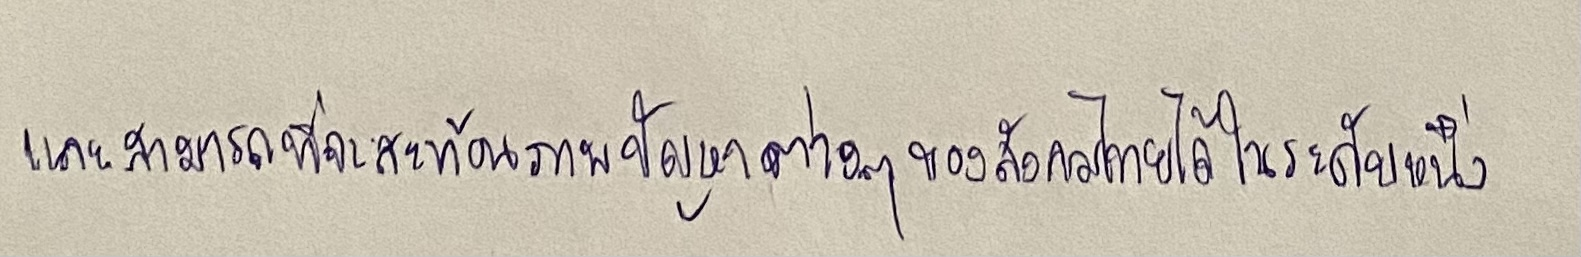
และสามารถที่จะสะท้อนภาพปัญหาต่างๆของสังคมไทยได้ในระดับหนึ่ง